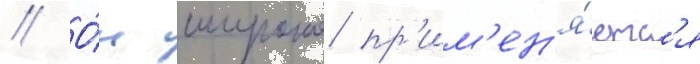
// О́н широко пр'им'ен'я́етс'я